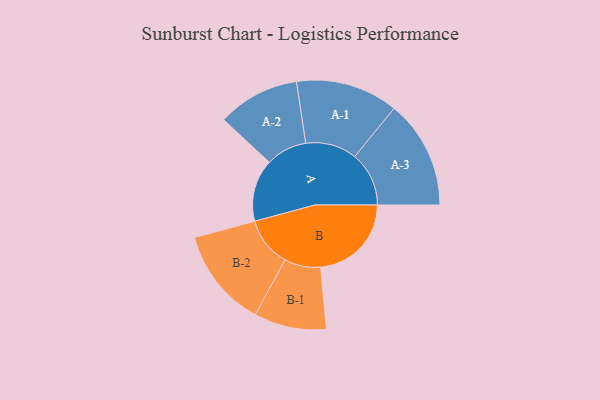
{"axis": {"x": "Segment", "y": "Value"}, "legend": ["", "A", "B"], "data": [{"x": "A", "y": 227, "type": ""}, {"x": "B", "y": 331, "type": ""}, {"x": "A-1", "y": 187, "type": "A"}, {"x": "A-2", "y": 150, "type": "A"}, {"x": "A-3", "y": 198, "type": "A"}, {"x": "B-1", "y": 132, "type": "B"}, {"x": "B-2", "y": 181, "type": "B"}]}